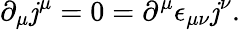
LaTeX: \partial_{\mu}\mathit{j}^{\mu}=0=\partial^{\mu}\epsilon_{\mu\nu}\mathit{j}^{\nu}.